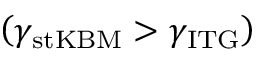
\left( \gamma _ { \mathrm { s t K B M } } > \gamma _ { \mathrm { I T G } } \right)